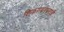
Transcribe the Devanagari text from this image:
शिकण्यासारखी